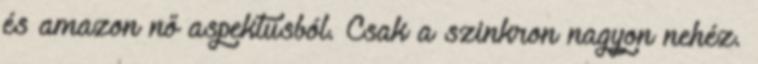
és amazon nő aspektusból. Csak a szinkron nagyon nehéz.